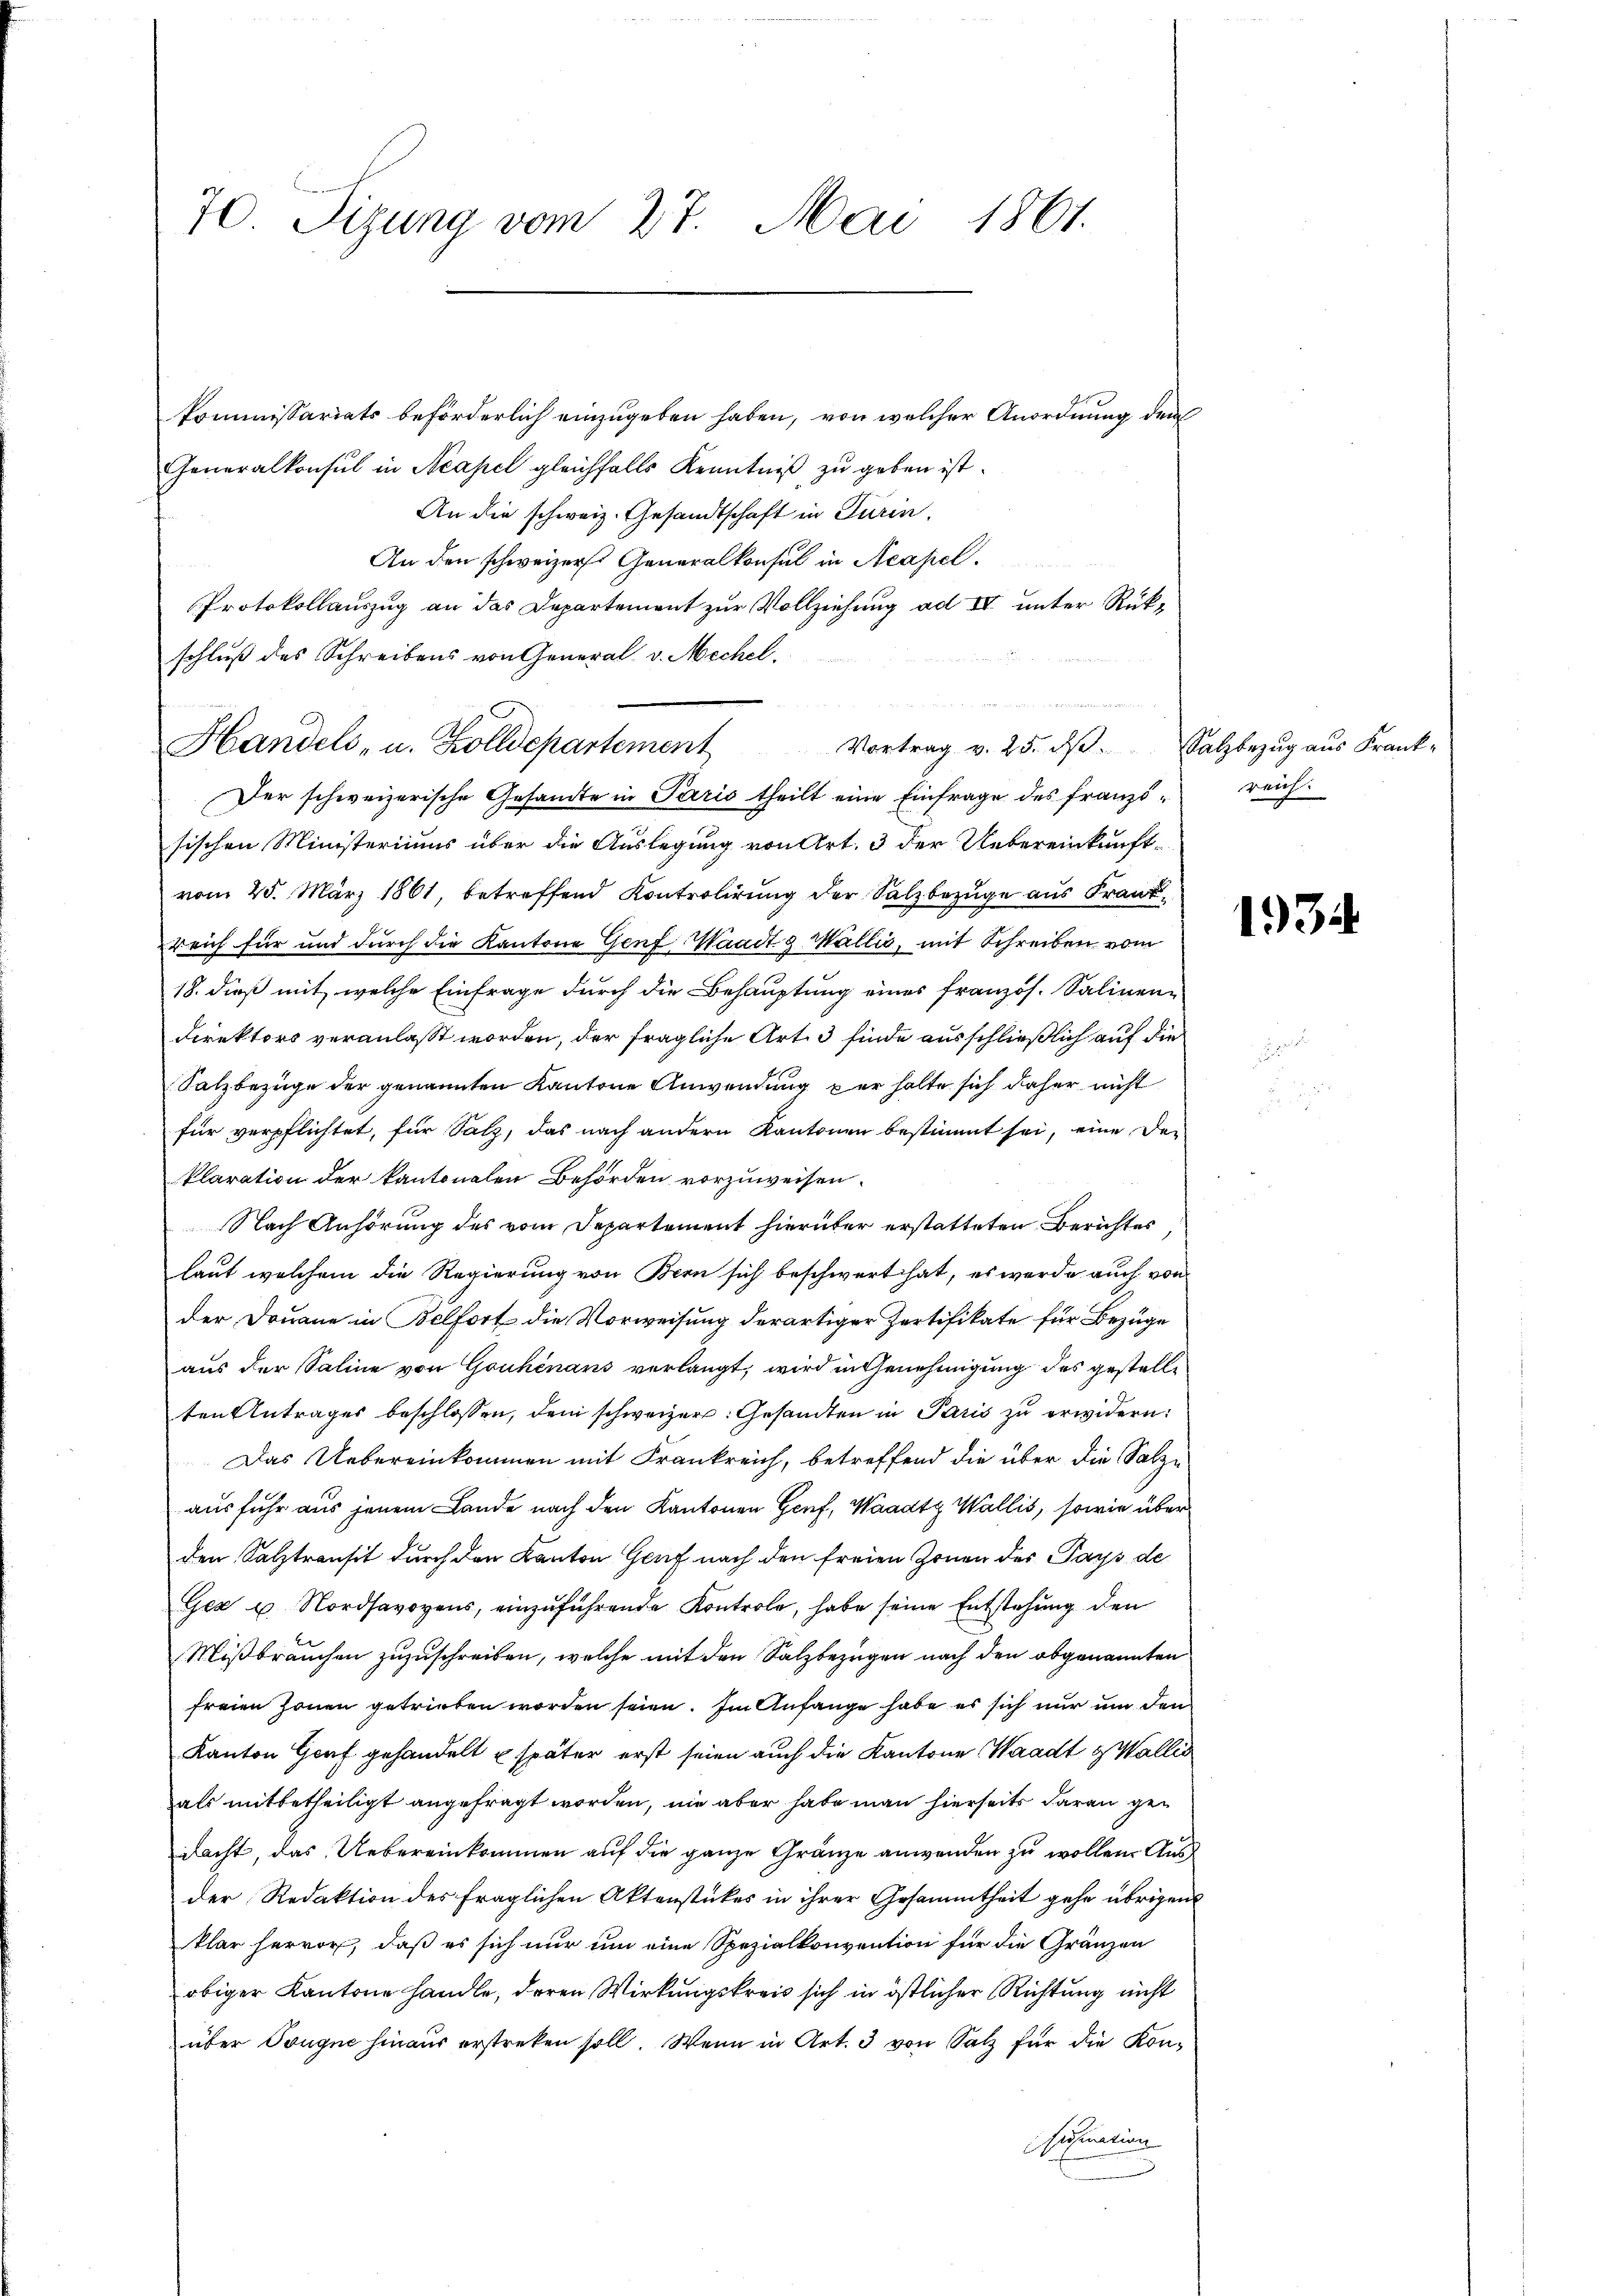
70. Sizung vom 27. Mai 1861.

kommissariats beförderlich einzugeben haben, von welcher Anordnung dem
Generalkonsul in Neapel gleichfalls Kenntniß zu geben ist.
An die schweiz. Gesandtschaft in Turin.
An den schweizer Generalkonsul in Neapel.
Protokollauszug an das Departement zur Vollziehung ad IV unter Rükschluß des Schreibens von General v. Mechel
Der schweizerische Gesandte in Paris theilt eine Einfrage des franzö- reich
sischen Ministeriums über die Auslegung von Art. 3 der Uebereinkunft-
vom 25. März 1861, betreffend Kontrolirung der Salzbezüge aus Franz
reich für und durch die Kantone Genf Waadt & Wallis, mit Schreiben vom
18. dieß mit, welche Einfrage durch die Behauptung eines französ. Salinen¬
Direktors veranlaßt worden, der fragliche Art. 3 finde ausschließlich auf die
Salzbezüge der genannten Kantone Anwendung per halte sich daher nicht
für verpflichtet, für Salz, das nach andern Kantonen bestimmt sei, eine De-
klaration der kantonalen Behörden vorzuweisen.
Nach Anhörung des vom Departement hierüber erstatteten Berichtes
laut welchem die Regierung von Bern sich beschwert hat, es werde auch von
der Douane in Belfort die Vorweisung derartiger Zertifikate für Bezüge
aus der Saline von Gouhinaus verlangt, wird in Genehmigung des gestellten Antrages beschlossen, dem schweizer. Gesandten in Paris zu erwidern:
Das Uebereinkommen mit Frankreich, betreffend die über die Salze
ausfuhr aus jenem Lande nach den Kantonen Genf, Waadt, Wallis, sowie über
den Salztransit durch den Kanton Genf nach den freien Zonen der Pays de
Gez u. Nordsavoyens, einzuführende Kontrole, habe seine Entstehung den
Mißbrauchen zuzuschreiben, welche mit den Salzbezügen nach den obgenannten
freien Zonen getrieben worden seien. Im Anfange habe es sich nur um den
Kanton Graf gehandelt u später erst seien auch die Kantone Waadt & Wallis
als mitbetheiligt angefragt worden, nie aber habe man hierseits daran gedacht, das Uebereinkommen auf die ganze Gränze anwenden zu wollen. Aus
der Redaktion des fraglichen Aktenstückes in ihrer Gesammtheit gehe übrigen
klar hervor, daß es sich nur um eine Spezialkonvention für die Gränzen
obiger Kantone handle, deren Wirkungskreis sich in östlicher Richtung nicht
über Trugue hinaus erstreken soll. Wenn in Art. 3 von Satz für die Konhisation

Handels- u. Zolldepartement

Vortrag v. 25. d. Salzbezug aus Frank-

1934